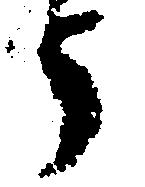
う